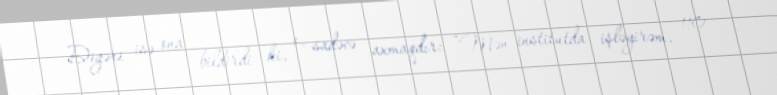
Digəri isə ona bildirdi ki, o, sadəcə axmaqdır: “Mən institutda işləyirəm, 110